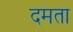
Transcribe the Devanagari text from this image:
दमता